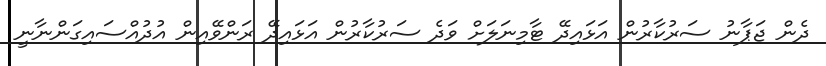
ދެން ޖަޕާނު ސަރުކާރުން އަޅައިދޭ ޓާމިނަލަށް ވަދެ ސަރުކާރުން އަޅައިދޭ ރަންވޭއިން އުދުއްސައިގަންނާނީ